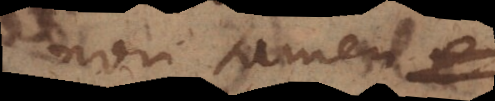
non tamen